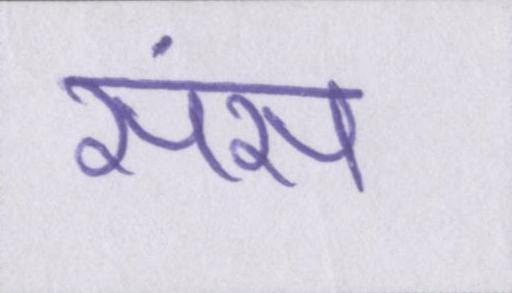
संस